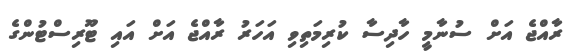
ރާއްޖެ އަށް ސުނާމީ ހާދިސާ ކުރިމަތިވި އަހަރު ރާއްޖެ އަށް އައި ޓޫރިސްޓުންގެ